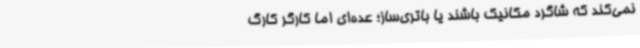
نمی‌کند که شاگرد مکانیک باشند یا باتری‌ساز؛ عده‌ای اما کارگر کارگ